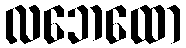
လဘေထော